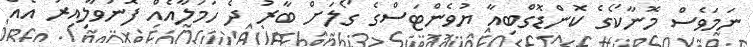
ނަމަވެސް މޮނާކޯގެ ކޮންޑޮގްބިއާ ޔުވެންޓަސްގެ ގޯލަށް ބާރު ދެ ހަމަލާއެއް ފޮނުވާލިއިރު އެއް